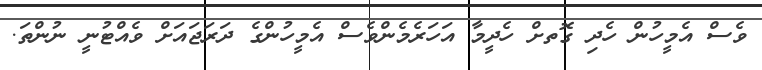
ވެސް އެމީހުން ހެދި ގޮތށް ހެދީމާ އަހަރެމެންވެސް އެމީހުންގެ ދަރަޖައަށް ވެއްޓުނީ ނުންތަ.